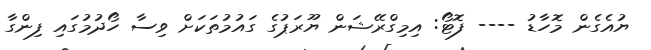
ޔުއެގެން މޮހާޑު ---- ފޮޓޯ: އިމިގްރޭޝަން ޔޫރަޕުގެ ގައުމުތަކަށް ވިސާ ހޯދުމުގައި ފިންގާ